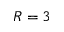
R = 3